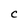
Character: C